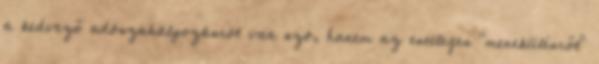
a kedvező adószabályozásról van szó, hanem az esetleges "menekülésről"